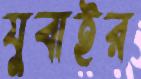
যুবাইর